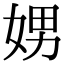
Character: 娚